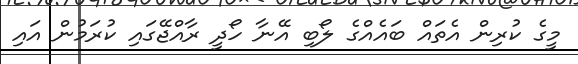
މީގެ ކުރިން އެތައް ބައެއްގެ ލޯބި އޭނާ ހޯދީ ރާއްޖޭގައި ކުރަމުން އައި